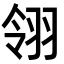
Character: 翎